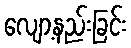
လျော့နည်းခြင်း